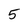
Character: 5